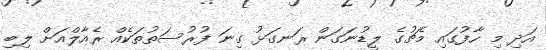
އަދި މި ހާފުގައި މެޗުގެ ލީޑުނަގަން ރަނގަޅު ގިނަ ފުރުސަތުތަކެއް ރެއާލްއަށް ލިބި